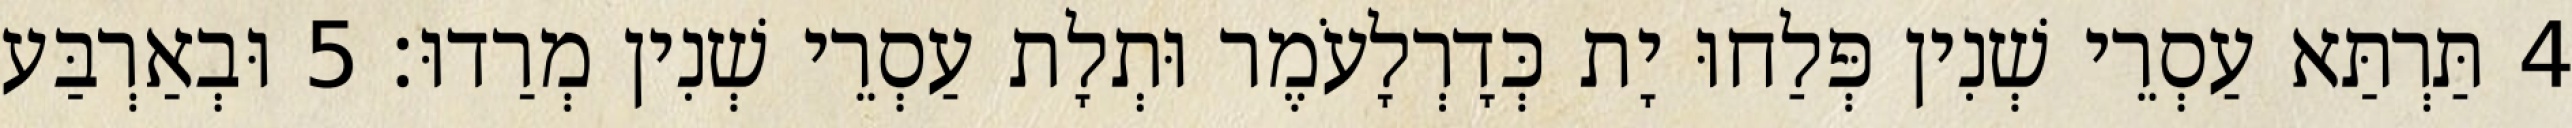
4 תַּרְתַּא עַסְרֵי שְׁנִין פְּלַחוּ יָת כְּדָרְלָעֹמֶר וּתְלָת עַסְרֵי שְׁנִין מְרַדוּ׃ 5 וּבְאַרְבַּע